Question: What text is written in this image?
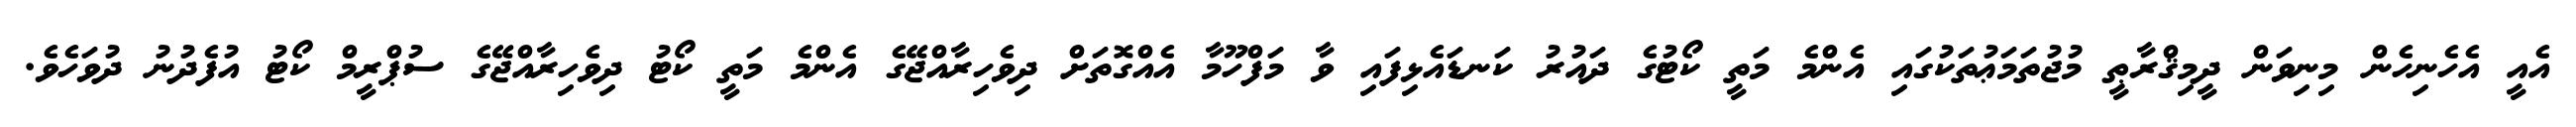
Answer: އެއީ އެހެނިހެން މިނިވަން ދީމިޤްރާޠީ މުޖުތަމަޢުތަކުގައި އެންމެ މަތީ ކޯޓުގެ ދައުރު ކަނޑައެޅިފައި ވާ މަފްހޫމާ އެއްގޮތަށް ދިވެހިރާއްޖޭގެ އެންމެ މަތީ ކޯޓު ދިވެހިރާއްޖޭގެ ސުޕްރީމް ކޯޓު އުފެދުނު ދުވަހެވެ.